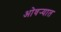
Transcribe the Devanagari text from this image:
ओवर्‍यात